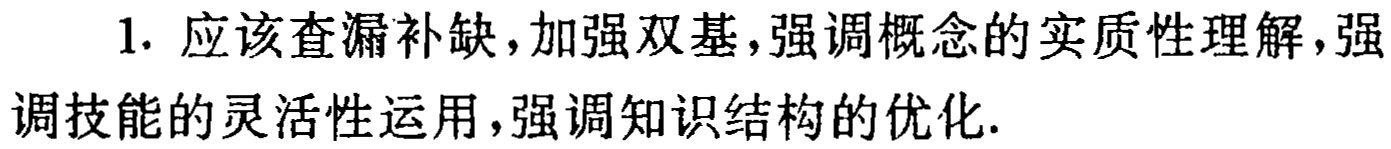
1. 应该查漏补缺，加强双基，强调概念的实质性理解，强调技能的灵活性运用，强调知识结构的优化.